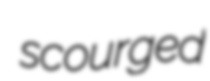
scourged